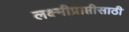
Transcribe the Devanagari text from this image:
लक्ष्मीप्राप्तीसाठी